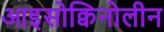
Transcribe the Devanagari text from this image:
आइसोक्विनोलीन